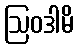
ဩဝဒါမိ